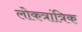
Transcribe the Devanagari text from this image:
लोकत्रांत्रिक